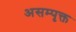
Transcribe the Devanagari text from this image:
असम्पृक्त